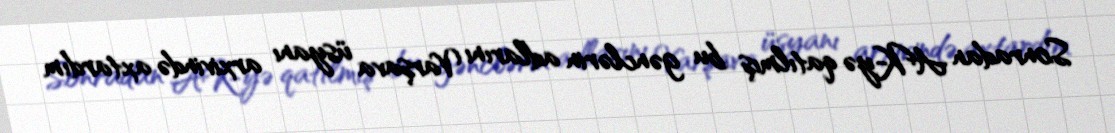
Sonradan AK-yə qatılmış bu gənclərin adlarını Varşava üsyanı arxivində axtardım